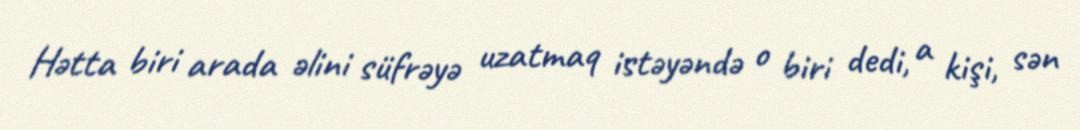
Hətta biri arada əlini süfrəyə uzatmaq istəyəndə o biri dedi, a kişi, sən